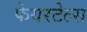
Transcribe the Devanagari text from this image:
फेयरटेल्स